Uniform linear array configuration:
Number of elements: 12
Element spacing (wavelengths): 0.25
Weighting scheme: uniform
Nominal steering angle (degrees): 30
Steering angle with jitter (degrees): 28.928
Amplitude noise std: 0.05
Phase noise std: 0.05

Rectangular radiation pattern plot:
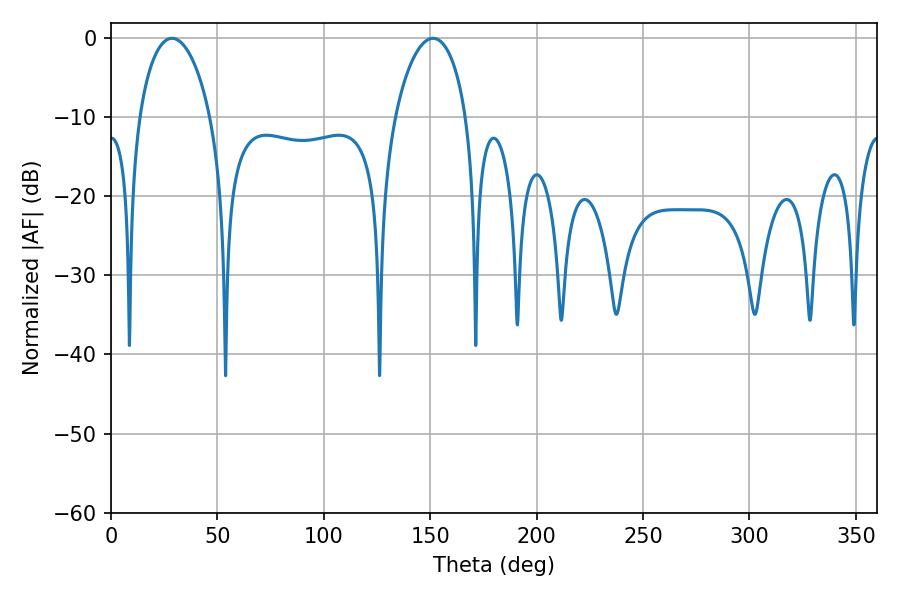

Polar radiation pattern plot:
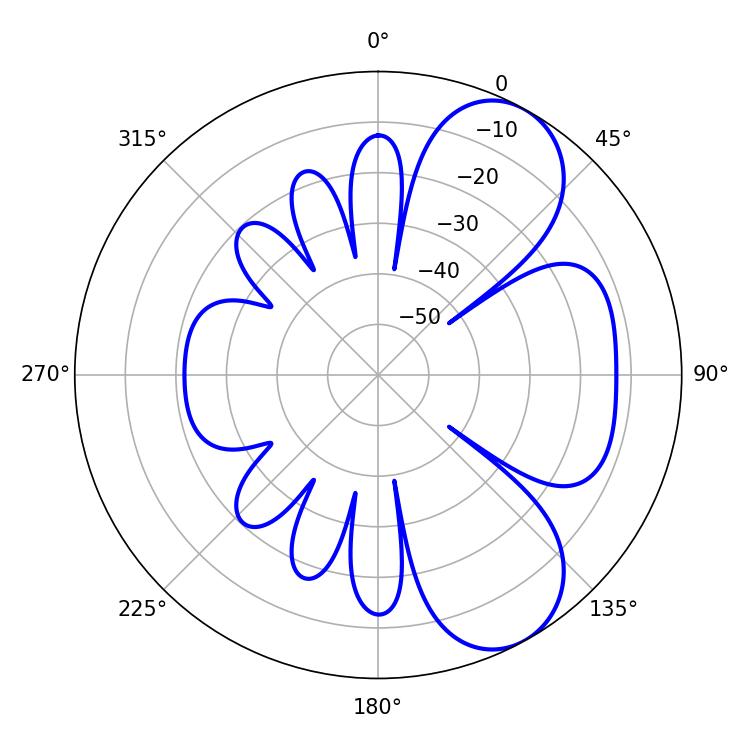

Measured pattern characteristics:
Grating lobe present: FALSE
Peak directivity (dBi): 7.204
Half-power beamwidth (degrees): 19.08
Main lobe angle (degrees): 28.62